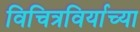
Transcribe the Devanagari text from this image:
विचित्रविर्याच्या